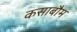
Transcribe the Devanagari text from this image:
कसाबौम